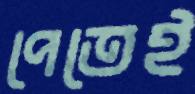
পেতেই